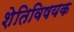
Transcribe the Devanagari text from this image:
शेतिविषयक